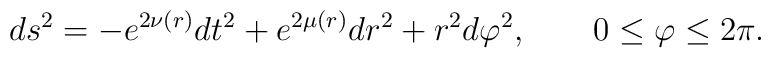
ds^2 = - e^{2\nu(r)} dt^2 + e^{2\mu(r)}dr^2 + r^2 d\varphi^2,              \quad\quad 0\leq\varphi\leq 2\pi.